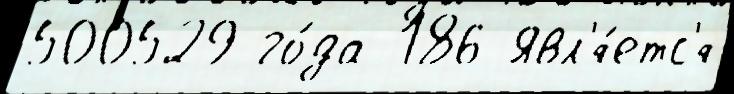
500529 го́да 186 Явл'я́етс'я